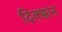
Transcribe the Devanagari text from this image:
दिक्सान